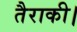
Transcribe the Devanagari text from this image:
तैराकी।